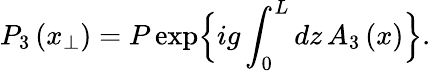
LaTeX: P_{3}\left(x_{\perp}\right)=P\exp\Bigl\{ ig\int_{0}^{L}dz\, A_{3}\left(x\right)\Bigr\} .